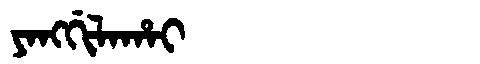
Manchu: ᠶᠠᠩᡤᡳᠯᠠᡥᠠᡳ
Romanization: YANGGILAHAI